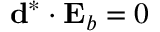
\ensuremath { \mathbf { d } } ^ { * } \cdot \ensuremath { \mathbf { E } _ { b } } = 0